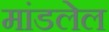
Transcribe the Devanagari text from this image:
मांडलेल